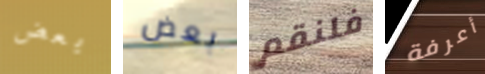
بعض بعض فلنقم أعرفة